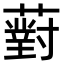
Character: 薱